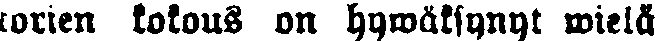
torien kokous on hywäksynyt wielä